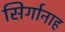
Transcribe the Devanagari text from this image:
सिर्गानाह